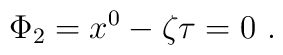
\Phi _{2}=x^{0}-\zeta \tau =0~.